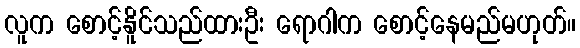
လူက စောင့်နိူင်သည်ထားဦး ရောဂါက စောင့်နေမည်မဟုတ်။